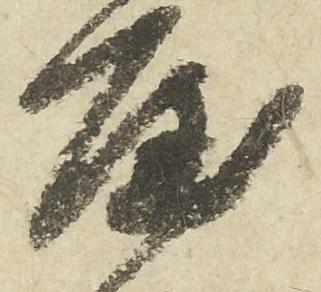
屋